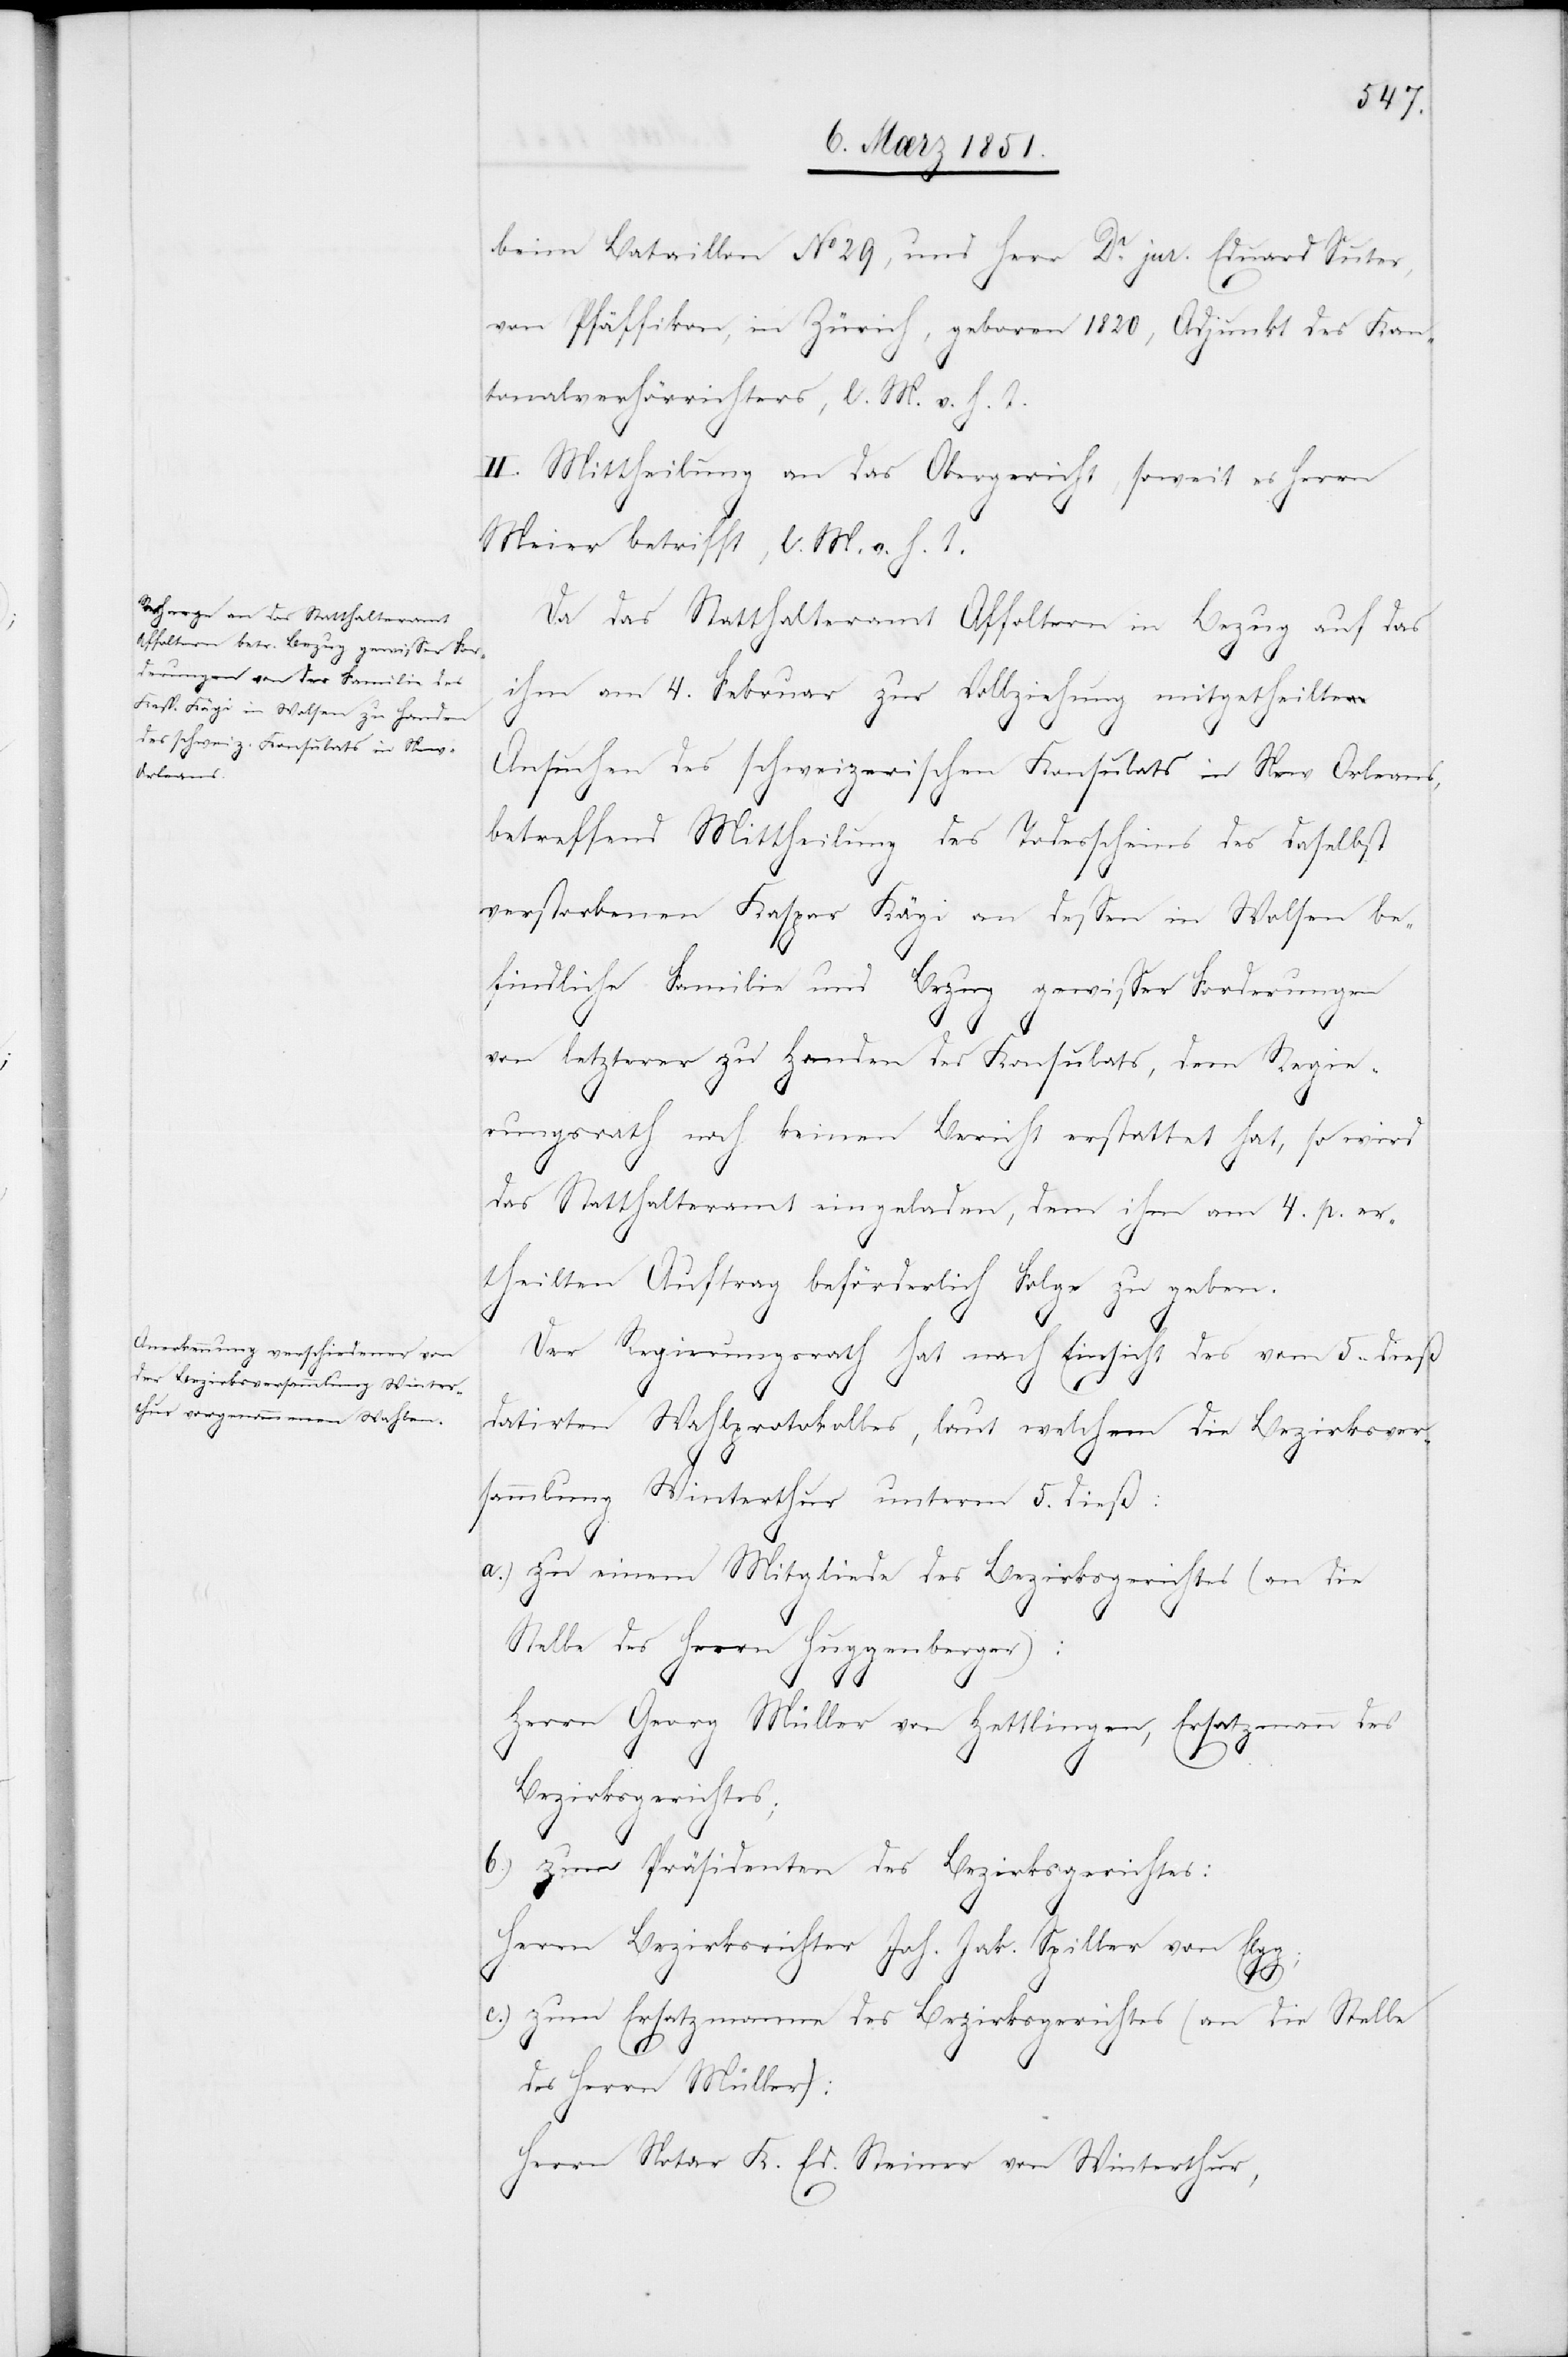
beim Bataillon No 29, und Herr Dr. jur. Eduard Suter,
von Pfäffikon, in Zürich, geboren 1820, Adjunkt des Kan¬
tonalverhörrichters, l. M. v. h. T.
II. Mittheilung an das Obergericht, soweit es Herrn
Meier betrifft, l. M. v. h. T.
Da das Statthalteramt Affoltern in Bezug auf das
ihm am 4. Februar zur Vollziehung mitgetheilte
Ansuchen des schweizerischen Konsulats in New Orleans,
betreffend Mittheilung des Todesscheins des daselbst
verstorbenen Kaspar Kägi an dessen in Wolsen be¬
findliche Familie und Bezug gewisser Forderungen
von letzterer zu Handen des Konsulats, dem Regie¬
rungsrath noch keinen Bericht erstattet hat, so wird
das Statthalteramt eingeladen, dem ihm am 4. p. er¬
theilten Auftrag beförderlich Folge zu geben.
Der Regierungsrath hat nach Einsicht des vom 5. dieß
datirten Wahlprotokolles, laut welchem die Bezirksver¬
sammlung Winterthur unterm 5. dieß:
zu einem Mitgliede des Bezirksgerichtes (an die
Stelle des Herrn Huggenberger):
Herrn Georg Müller von Hettlingen, Ersatzmann des
Bezirksgerichtes;
zum Präsidenten des Bezirksgerichtes:
Herrn Bezirksrichter Joh. Jak. Spiller von Elgg;
zum Ersatzmanne des Bezirksgerichtes (an die Stelle
des Herrn Müller):
Herrn Notar K. Ed. Steiner von Winterthur,